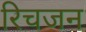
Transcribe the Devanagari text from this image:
रिचजन